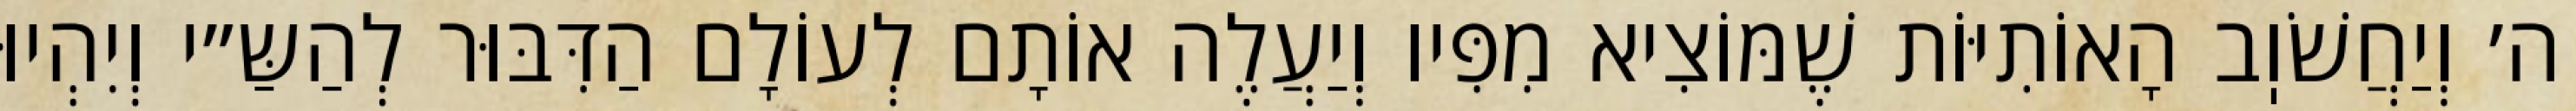
ה׳ וְיַחֲשֹׁוֽב הָאוֹתִיּוֹת שֶׁמּוֹצִיא מִפִּיו וְיַעֲלֶה אוֹתָם לְעוֹלָם הַדִּבּוּר לְהַשַּ״י וְיִהְיוּ